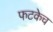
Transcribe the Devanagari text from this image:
फटकेच